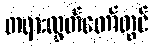
တရားလွှတ်တော်တွင်